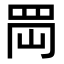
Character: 𦊤